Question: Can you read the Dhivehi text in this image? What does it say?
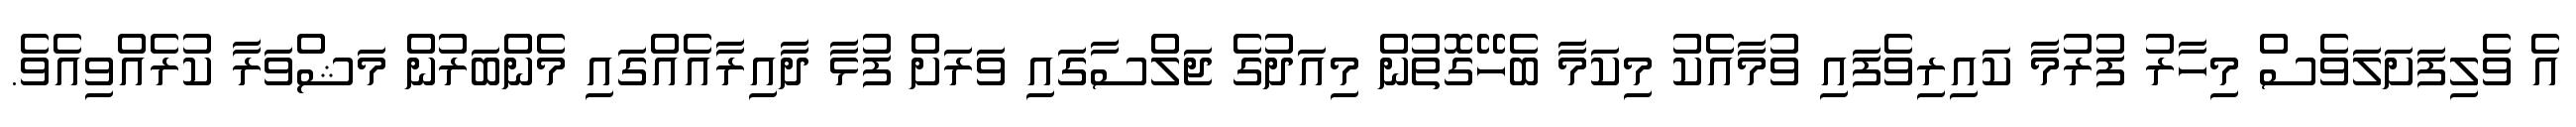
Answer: އެ ވެލިފަށަލަވެސް މިހާރު ފުރުމާ ކައިރިވެފައި ވުމާއެކު މިކަމާ ބެހޭގޮތުން މިއަދުގެ ޖަލްސާގައި ވަރަށް ފުޅާ ދާއިރާއެއްގައި މެންބަރުން މަޝްވަރާ ކުރެއްވިއެވެ.